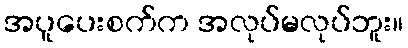
အပူပေးစက်က အလုပ်မလုပ်ဘူး။